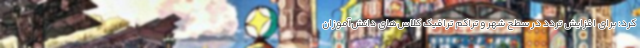
کرد: برای افزایش تردد در سطح شهر و تراکم ترافیک کلاس‌های دانش‌آموزان